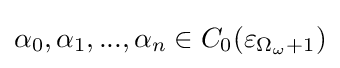
\alpha _{0},\alpha _{1},...,\alpha _{n}\in C_{0}(\varepsilon _{\Omega _{\omega }+1})